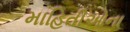
માહિતીઓના